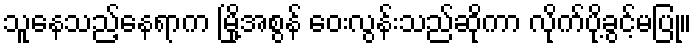
သူနေသည့်နေရာက မြို့အစွန် ဝေးလွန်းသည်ဆိုကာ လိုက်ပို့ခွင့်မပြု။